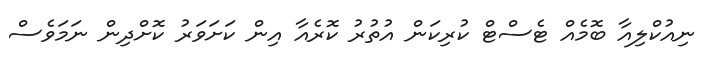
ނިއުކްލިއާ ބޮމެއް ޓެސްޓް ކުރިކަން އުތުރު ކޮރެއާ އިން ކަށަވަރު ކޮށްދިން ނަމަވެސް